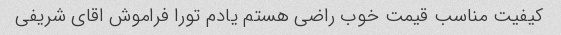
کیفیت مناسب قیمت خوب راضی هستم یادم تورا فراموش اقای شریفی